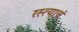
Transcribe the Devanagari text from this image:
रस्त्याचं